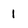
Character: 1